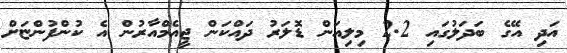
އަދި އޭގެ ބަދަލުގައި 2.2 މިލިއަން ޑޮލަރު ދައްކަން ޖީއެމްއާރުން އެ ކުންފުންޏަށް